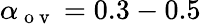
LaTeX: \alpha_{\mathrm{~o~v~}}=0.3-0.5